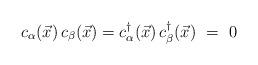
LaTeX: \begin{align*}c_\alpha({\vec x})\,c_\beta({\vec x})=c_\alpha^\dagger({\vec x})\,c_\beta^\dagger({\vec x}) ~ = ~ 0\end{align*}